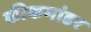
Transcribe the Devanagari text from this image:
कीकमांडर